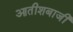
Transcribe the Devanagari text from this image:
आतीशबाजी